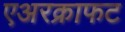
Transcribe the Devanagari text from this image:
एअरक्राफट